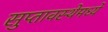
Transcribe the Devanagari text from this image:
सुप्‍तावस्थेमध्ये